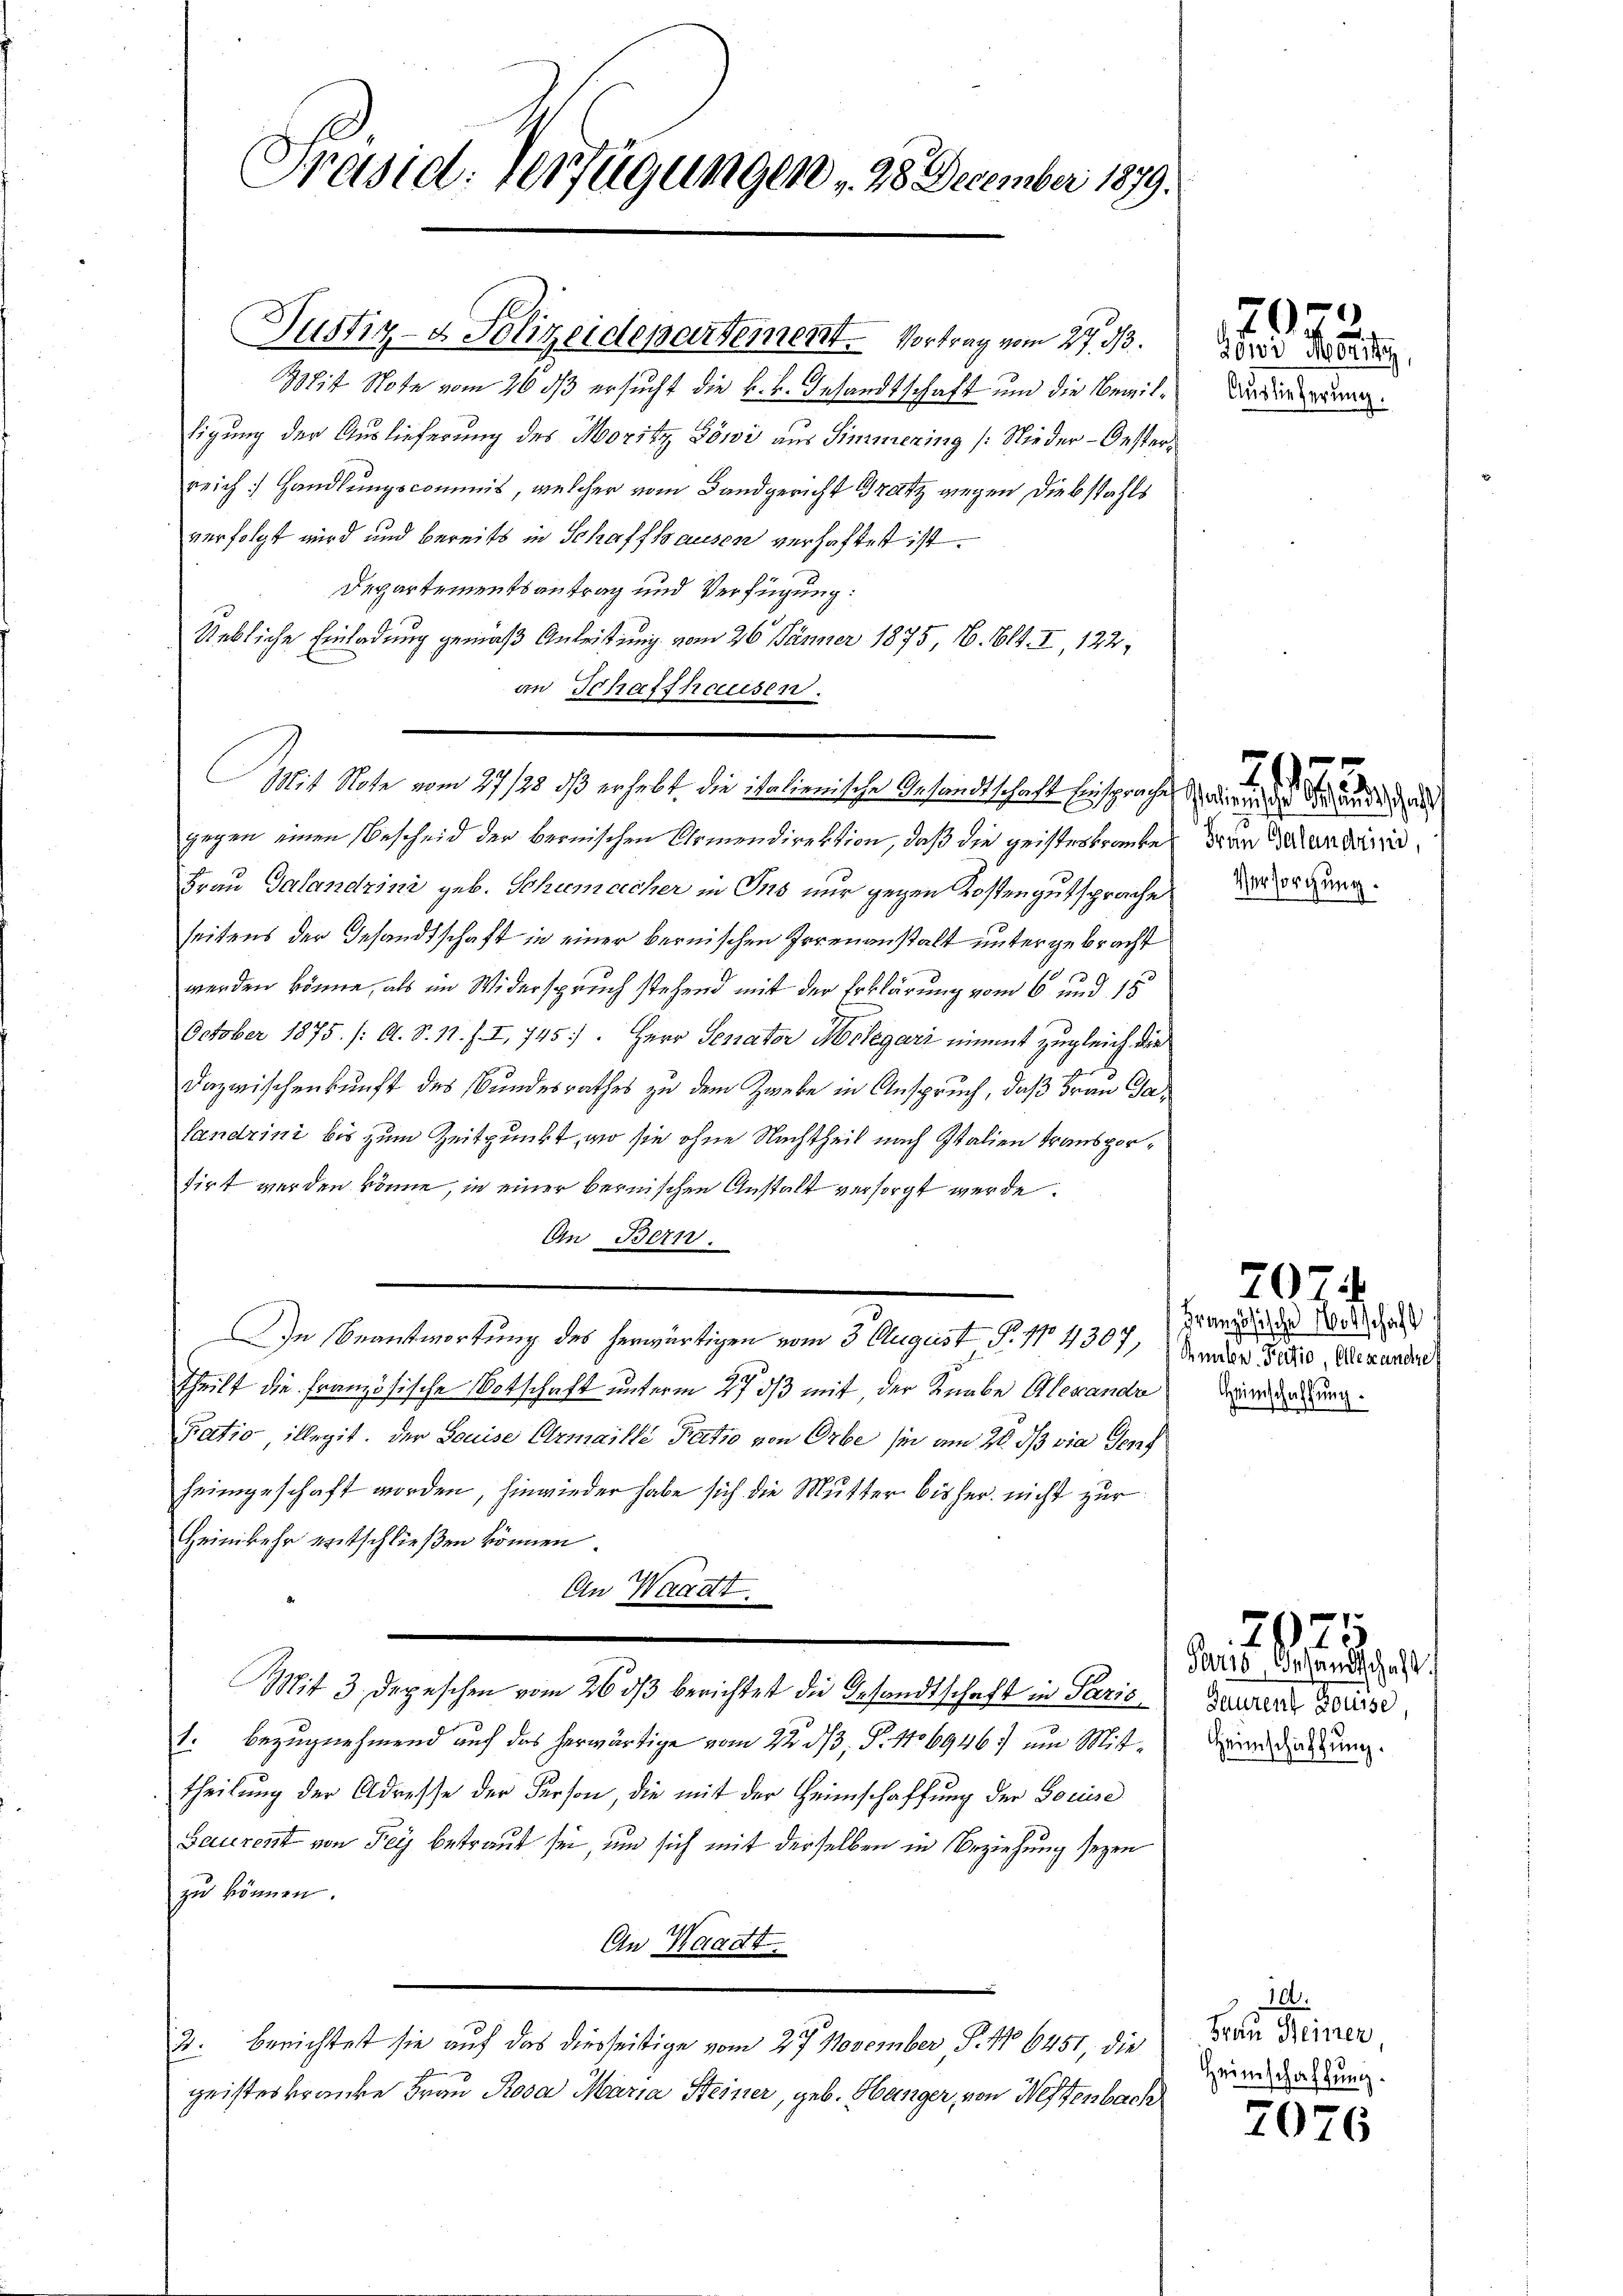
Präsid. Verfügungen 28. December 1879.

Justiz- & Polizeidepartement. Vortrag vom 27. 313.
Mit Note vom 26. ds ersucht die k.k. Gesandtschaft und die Bewilligung der Auslieferung des Moritz Böni aus Simmering (Nieder-Oesterreich Handlungscommis, welcher vom Landgericht Gratz wegen Diebstahls
verfolgt wird und bereits in Schaffhausen verhaftet ist.
Departementsantrag und Verfügung:
Uebliche Einladung gemäß Anleitung vom 26. Jänner 1875, 16. Bd. I, 122,
an Schaffhausen.
gegen einen Bescheid der bernischen Armendirektion, daß die geisteskranke, den Sardi¬
Frau Galandrini geb. Schumacher in Ins nur gegen Kostengutsprache.
seitens der Gesandtschaft in einer bernischen Irrenanstalt untergebracht
werden könne, als im Widerspruch stehend mit der Erklärung vom 6. und 15
October 1875. /: A. S. 11. f. I, 745. Herr Senator Molegari nimmt zugleich die
Dazwischenkunft des Bundesrathes zu dem Zweke in Anspruch, daß Frau Ga¬
Landrini bis zum Zeitpunkt, wo sie ohne Nachtheil nach Italien transporsirt werden könne, in einer bernischen Anstalt versorgt werde.
An Bern.
In Beantwortung des herwärtigen vom 3. August P. 114307, Ander Bodis, Alexanden
Theilt die Französische Botschaft unterm 27. ds mit, der Knabe Alexandr
Katio illegit. Der Louise Urmaille Patio von Orbe sie am 20. ds via Genf
heimgeschaft worden, hinwieder habe sich die Mutter bisher nicht zur
Heimkehr entschließen können.
An Waadt.
Mit 3. Depeschen vom 26. ds berichtet die Gesandtschaft in Paris
1. bezugnehmend auf das herwärtige vom 22. ds, P. 1106946 um Mittheilung der Adresse der Person, die mit der Heimschaffung der Sociise
Baurent von Frey betraut sei, um sich mit derselben in Beziehung seyen
zu können.
An Waadt
2. Berichtet sie auf das diesseitige vom 27. November P. Nr. 6451, die
geisteskranke Frau Rosa Maria Steiner, geb. Hänger, von Neffenbach

Mit Note vom 27/28 dß erhebt, die italienische Gesandtschaft Einsprache, oder des Brände de

Auslieferung.

Versorgung.

7022.
201: Mority

707.

713.

20

Französische Notschaft
Heimschaffung.

Paris, Behandschaft
Gaurenz Housse
Heimschaffung.

10.
Frau Steinen,
Heimschaftung.

7076